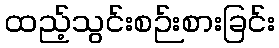
ထည့်သွင်းစဉ်းစားခြင်း